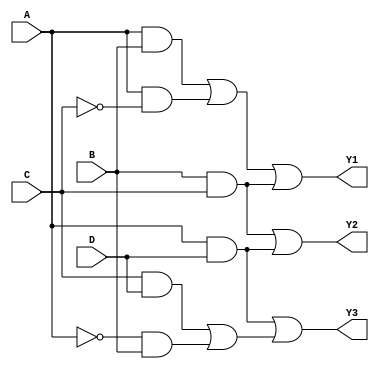
module jewel_pal (
    input  wire A,     // Input A
    input  wire B,     // Input B
    input  wire C,     // Input C
    input  wire D,     // Input D
    output wire Y1,    // Output Y1
    output wire Y2,    // Output Y2
    output wire Y3     // Output Y3
);

// Programmable AND array
wire and1, and2, and3, and4; // Intermediary signals for AND gates

// AND gates implementation (programmable connections)
assign and1 = (A & B) | (A & ~C);     // Example: F1 = A AND B OR A AND NOT C
assign and2 = (B & C);                 // Example: F2 = B AND C
assign and3 = (A & D);                 // Example: F3 = A AND D
assign and4 = (C & D) | (~A & B);      // Example: F4 = C AND D OR NOT A AND B

// Fixed OR array connections
assign Y1 = and1 | and2;               // Example output Y1 = AND1 OR AND2
assign Y2 = and2 | and3;               // Example output Y2 = AND2 OR AND3
assign Y3 = and3 | and4;               // Example output Y3 = AND3 OR AND4

endmodule